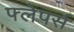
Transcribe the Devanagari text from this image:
फ्लेपर्स